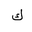
Letter: _kaf